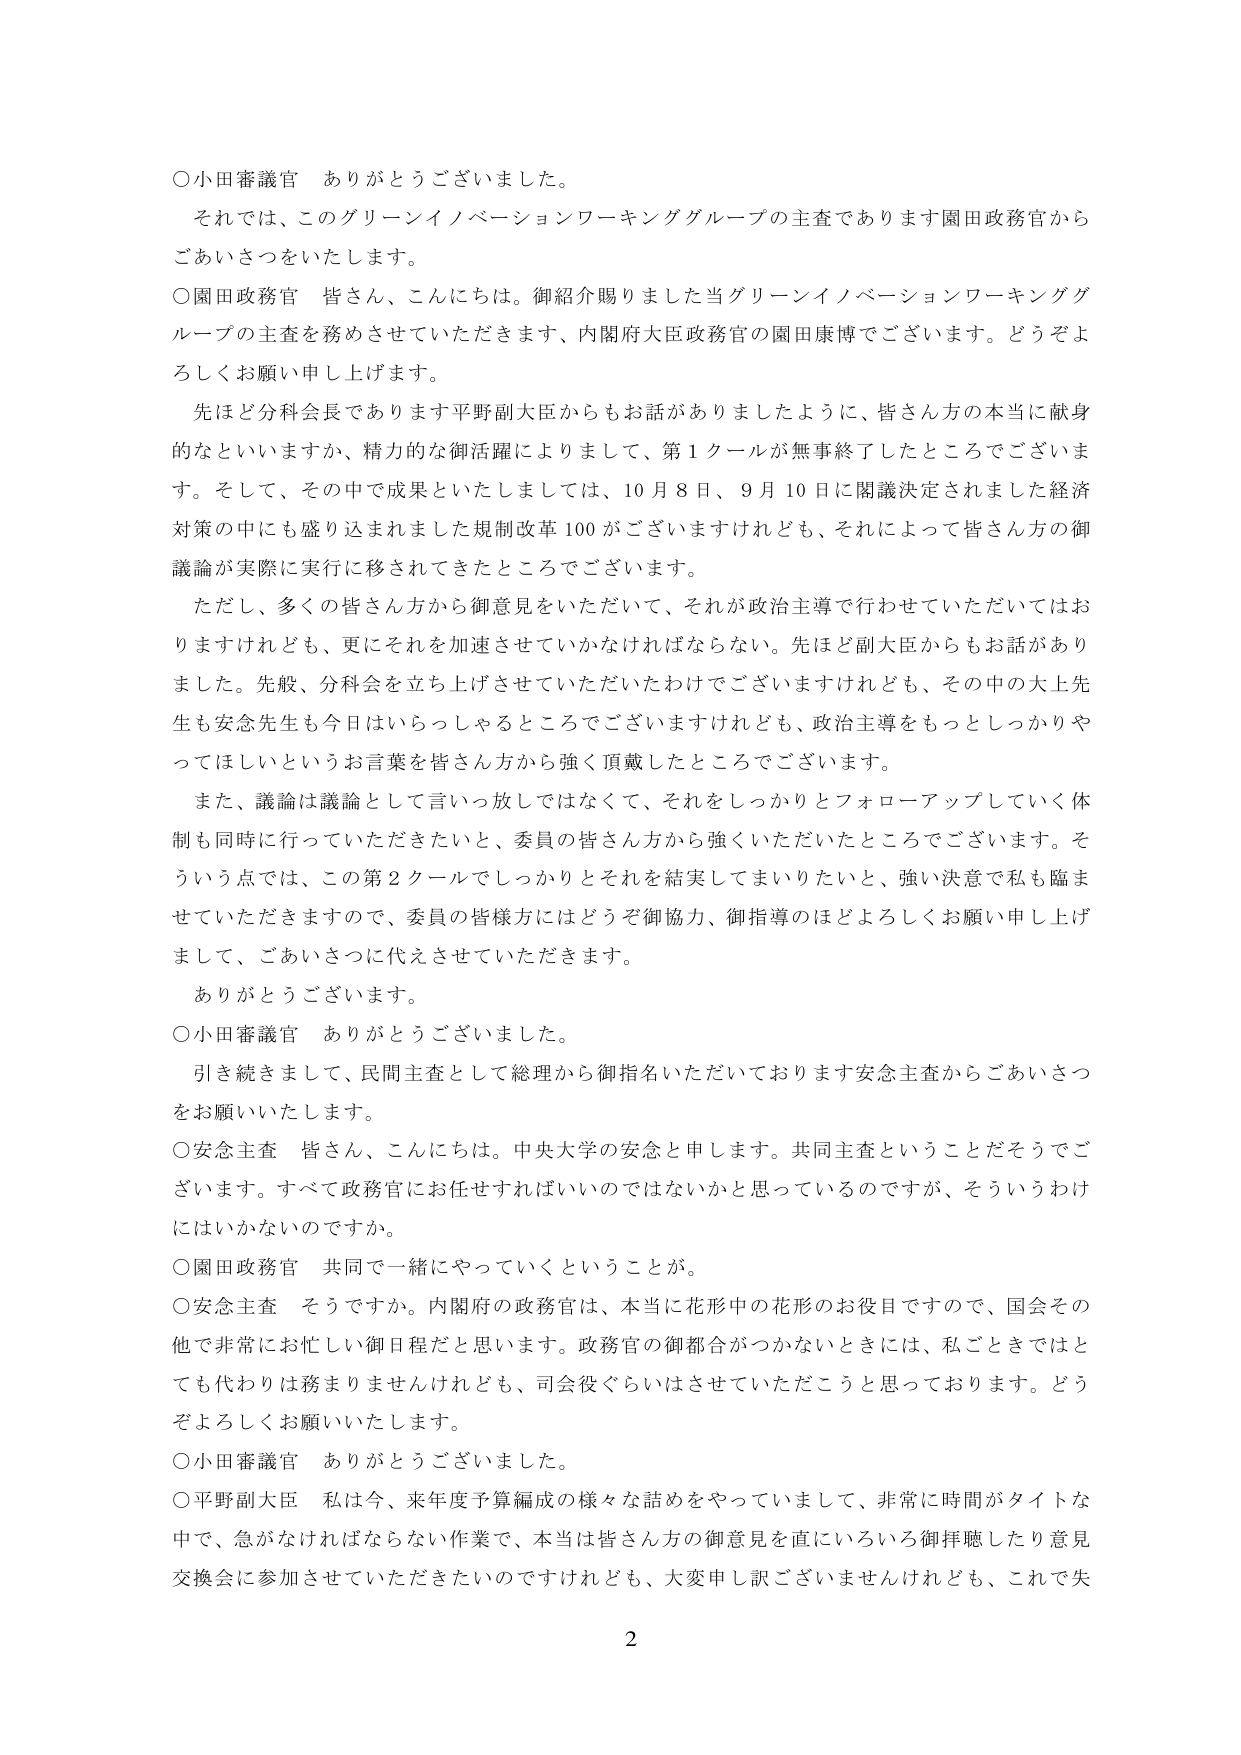
○小田審議官　ありがとうございました。
　それでは、このグリーンイノベーションワーキンググループの主査であります園田政務官からごあいさつをいたします。
○園田政務官　皆さん、こんにちは。御紹介賜りました当グリーンイノベーションワーキンググループの主査を務めさせていただきます、内閣府大臣政務官の園田康博でございます。どうぞよろしくお願い申し上げます。
　先ほど分科会長であります平野副大臣からもお話がありましたように、皆さん方の本当に献身的なといいますか、精力的な御活躍によりまして、第1クールが無事終了したところでございます。そして、その中で成果といたしましては、10月8日、9月10日に閣議決定されました経済対策の中にも盛り込まれました規制改革100がございますけれども、それによって皆さん方の御議論が実際に実行に移されてきたところでございます。
　ただし、多くの皆さん方から御意見をいただいて、それが政治主導で行わせていただいてはおりますけれども、更にそれを加速させていかなければならない。先ほど副大臣からもお話がありました。先般、分科会を立ち上げさせていただいたわけでございますけれども、その中の大上先生も安念先生も今日はいらっしゃるところでございますけれども、政治主導をもっとしっかりやってほしいというお言葉を皆さん方から強く頂戴したところでございます。
　また、議論は議論として言い放してはなくて、それをしっかりとフォローアップしていく体制も同時に行っていただきたいと、委員の皆さん方から強くいただいたところでございます。そういう点では、この第2クールでしっかりとそれを結実してまいりたいと、強い決意で私も臨ませていただきますので、委員の皆様方にはどうぞ御協力、御指導のほどよろしくお願い申し上げまして、ごあいさつに代えさせていただきます。
　ありがとうございます。
○小田審議官　ありがとうございました。
　引き続きまして、民間主査として総理から御指名いただいております安念主査からごあいさつをお願いいたします。
○安念主査　皆さん、こんにちは。中央大学の安念と申します。共同主査ということだそうでございます。すべて政務官にお任せすればいいのではないかと思っているのですが、そういうわけにはいかないのですか。
○園田政務官　共同で一緒にやっていくということが。
○安念主査　そうですか。内閣府の政務官は、本当に花形中の花形のお役目ですので、国会その他で非常にお忙しい御日程だと思います。政務官の御都合がつかないときには、私ごときではとても代わりは務まりませんけれども、司会役ぐらいはさせていただこうと思っております。どうぞよろしくお願いいたします。
○小田審議官　ありがとうございました。
○平野副大臣　私は今、来年度予算編成の様々な話をやっていまして、非常に時間がタイトな中で、急がなければならない作業で、本当は皆さん方の御意見を直にいろいろ御拝聴したり意見交換会に参加させていただきたいのですけれども、大変申し訳ございませんけれども、これで失

2